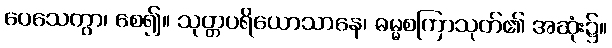
ပေသေတွာ၊ စေ၍။ သုတ္တပရိယောသာနေ၊ ဓမ္မစကြာသုတ်၏ အဆုံး၌။